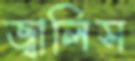
জ্বালিস